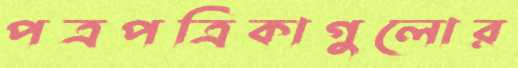
পত্রপত্রিকাগুলোর